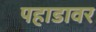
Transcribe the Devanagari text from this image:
पहाडावर